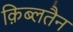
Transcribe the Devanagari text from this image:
क़िब्लतैन